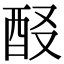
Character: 𨠈